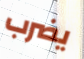
يضرب